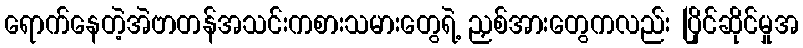
ရောက်နေတဲ့အဲဗာတန်အသင်းကစားသမားတွေရဲ့ ညှစ်အားတွေကလည်း ပြိုင်ဆိုင်မှုအ